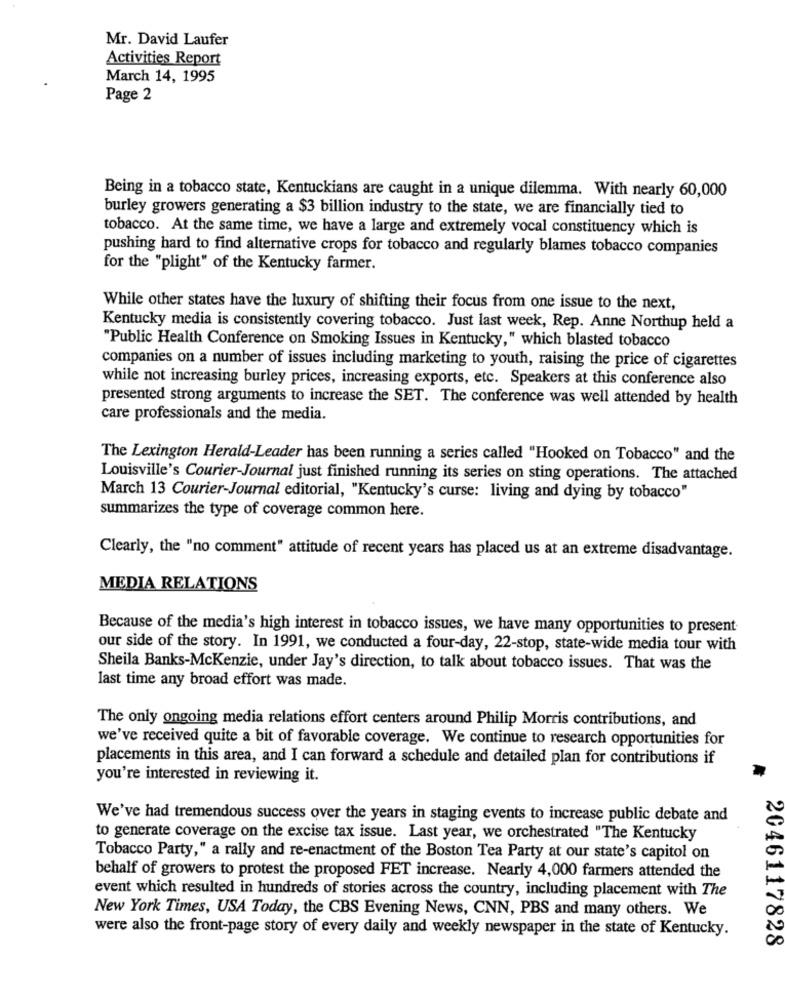
Mr. David Laufer
Activities Report
March 14, 1995
Page 2
Being in a tobacco state, Kentuckians are caught in a unique dilemma. With nearly 60,000
burley growers generating a $3 billion industry to the state, we are financially tied to
tobacco. At the same time, we have a large and extremely vocal constituency which is
pushing hard to find alternative crops for tobacco and regularly blames tobacco companies
for the "plight" of the Kentucky farmer.
While other states have the luxury of shifting their focus from one issue to the next,
Kentucky media is consistently covering tobacco. Just last week, Rep. Anne Northup held a
"Public Health Conference on Smoking Issues in Kentucky," which blasted tobacco
companies on a number of issues including marketing to youth, raising the price of cigarettes
while not increasing burley prices, increasing exports, etc. Speakers at this conference also
presented strong arguments to increase the SET. The conference was well attended by health
care professionals and the media.
The Lexington Herald-Leader has been running a series called "Hooked on Tobacco" and the
Louisville's Courier-Journal just finished running its series on sting operations. The attached
March 13 Courier-Journal editorial, "Kentucky's curse: living and dying by tobacco"
summarizes the type of coverage common here.
Clearly, the "no comment" attitude of recent years has placed us at an extreme disadvantage.
MEDIA RELATIONS
Because of the media's high interest in tobacco issues, we have many opportunities to present
our side of the story. In 1991, we conducted a four-day, 22-stop, state-wide media tour with
Sheila Banks-Mckenzie, under Jay's direction, to talk about tobacco issues. That was the
last time any broad effort was made.
The only ongoing media relations effort centers around Philip Morris contributions, and
we've received quite a bit of favorable coverage. We continue to research opportunities for
placements in this area, and I can forward a schedule and detailed plan for contributions if
you're interested in reviewing it.
We've had tremendous success over the years in staging events to increase public debate and
to generate coverage on the excise tax issue. Last year, we orchestrated "The Kentucky
Tobacco Party," a rally and re-enactment of the Boston Tea Party at our state's capitol on
behalf of growers to protest the proposed FET increase. Nearly 4,000 farmers attended the
event which resulted in hundreds of stories across the country, including placement with The
New York Times, USA Today, the CBS Evening News, CNN, PBS and many others. We
were also the front-page story of every daily and weekly newspaper in the state of Kentucky.
2046117828